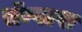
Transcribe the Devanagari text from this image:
सॅम्पल्स